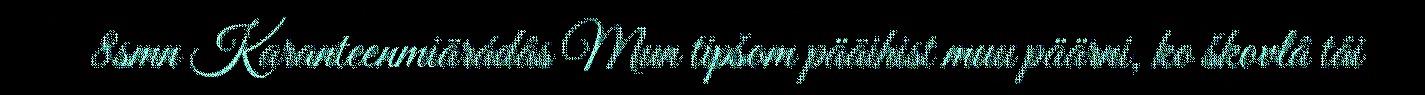
8smn Karanteenmiärádâs Mun tipšom pääihist muu päärni, ko škovlâ tâi